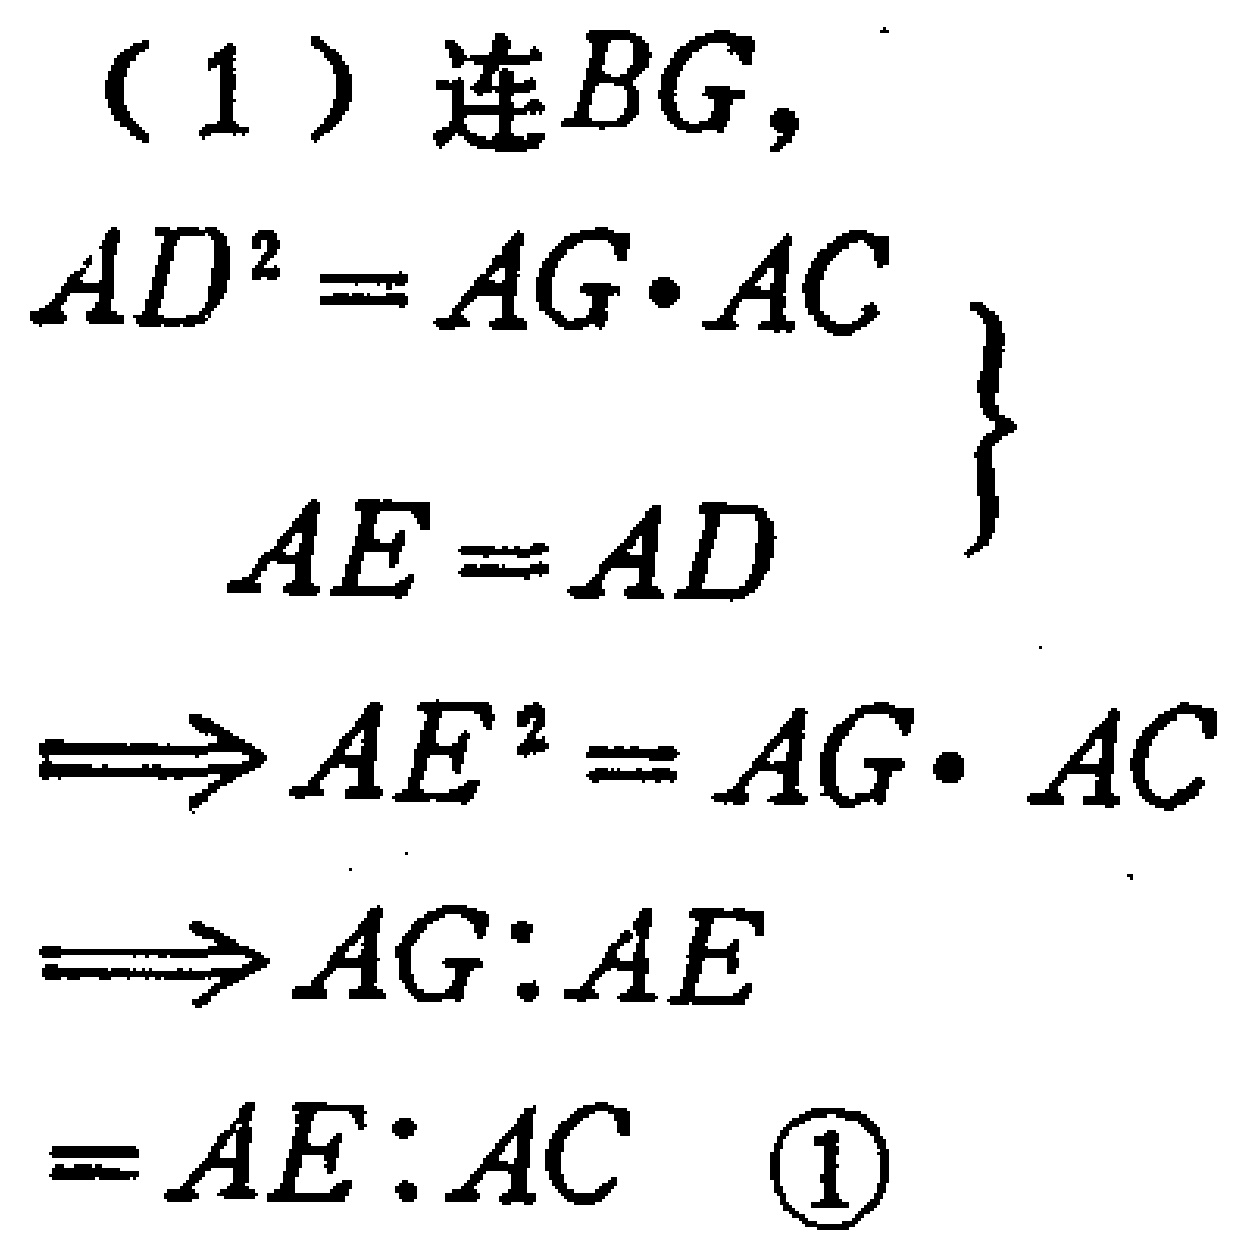
（1）连\(BG\)，

\[\left.

\begin{array}{l}

AD^{2}=AG\cdot AC \\

AE = AD

\end{array}

\right\}

\Rightarrow AE^{2}=AG\cdot AC

\Rightarrow AG:AE = AE:AC \quad \textcircled{1}\]